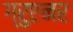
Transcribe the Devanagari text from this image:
ग्रुएनर